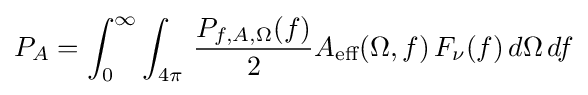
P_{A}=\int _{0}^{\infty }\int _{4\pi }\,{\frac {P_{f,A,\Omega }(f)}{2}}A_{\text{eff}}(\Omega ,f)\,F_{\nu }(f)\,d\Omega \,df